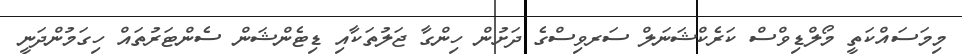
މިމަސައްކަތީ މޯލްޑިވްސް ކަރެކްޝަނަލް ސަރވިސްގެ ދަށުން ހިންގާ ޖަލުތަކާއި ޑިޓެންޝަން ސެންޓަރުތައް ހިގަމުންދަނީ